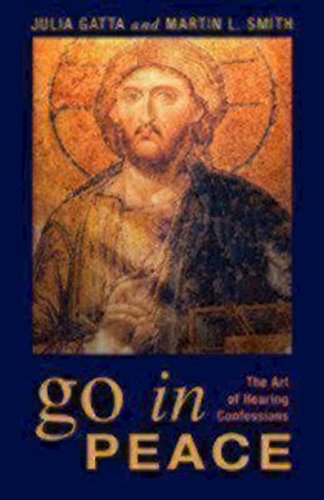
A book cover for Go in Peace: The Art of Hearing Confessions; Julia Gatta; Christian Books & Bibles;